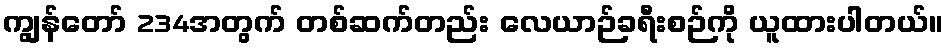
ကျွန်တော် 234အတွက် တစ်ဆက်တည်း လေယာဉ်ခရီးစဉ်ကို ယူထားပါတယ်။